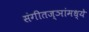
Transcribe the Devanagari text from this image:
संगीतज्ञांमध्ये